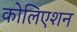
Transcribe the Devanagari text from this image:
कोलिएशन